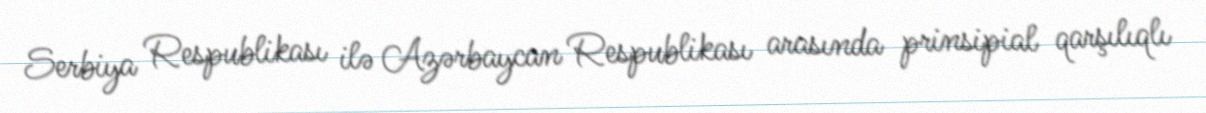
Serbiya Respublikası ilə Azərbaycan Respublikası arasında prinsipial qarşılıqlı